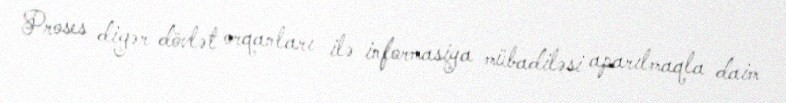
Proses digər dövlət orqanları ilə informasiya mübadiləsi aparılmaqla daim